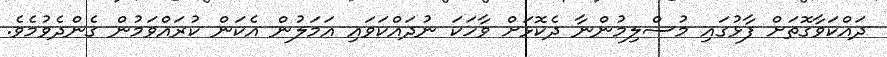
ދައްކަވާގޮތަށް ފާޅުގައި މުސްލިމުންނާ ދެކޮޅަށް ވާހަކަ ނުދައްކަވައި އަމަލުން އެކަން ކުރައްވަމުން ގެންދެވުމެވެ.